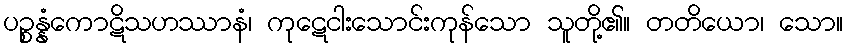
ပဉ္စန္နံကောဋိသဟဿာနံ၊ ကုဋေငါးသောင်းကုန်သော သူတို့၏။ တတိယော၊ သော။